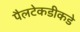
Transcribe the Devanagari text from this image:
पैलटेकडीकडे